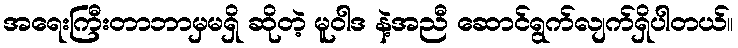
အရေးကြီးတာဘာမှမရှိ ဆိုတဲ့ မူဝါဒ နဲ့အညီ ဆောင်ရွက်လျက်ရှိပါတယ်။